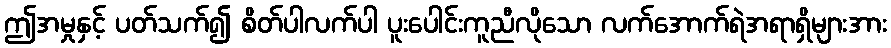
ဤအမှုနှင့် ပတ်သက်၍ စိတ်ပါလက်ပါ ပူးပေါင်းကူညီလိုသော လက်အောက်ရဲအရာရှိများအား